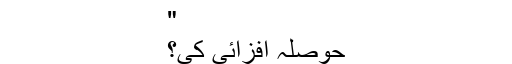
"
حوصلہ افزائی کی؟